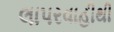
લાપરવાહીથી